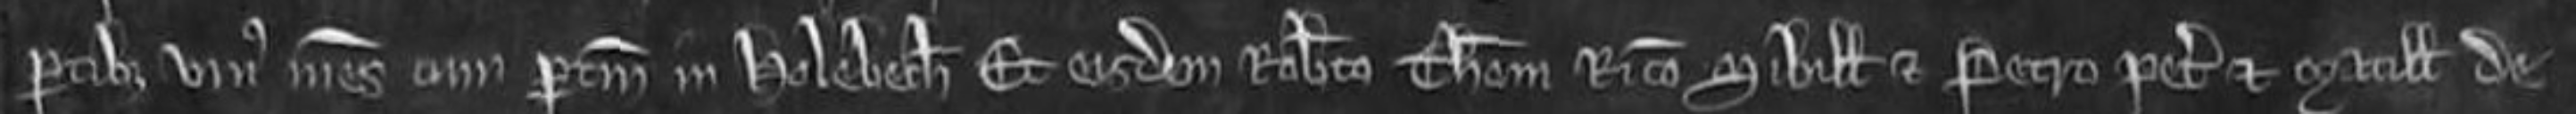
partibus unius mesuagii cum pertinenciis in Holebech et eisdem Roberto Thome Ricardo Sibille et Petro petentibus et Matillidi de